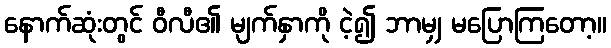
နောက်ဆုံးတွင် ဝီလီ၏ မျက်နှာကို ငဲ့၍ ဘာမျှ မပြောကြတော့။